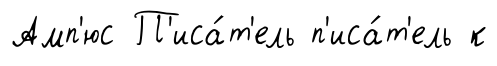
Амп'юс П'иса́т'ель п'иса́т'ель к